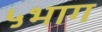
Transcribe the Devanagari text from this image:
५भाग